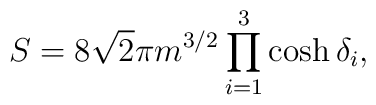
S=8\sqrt{2}\pi m^{3/2}\prod^3_{i=1}\cosh\delta_i,